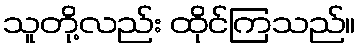
သူတို့လည်း ထိုင်ကြသည်။